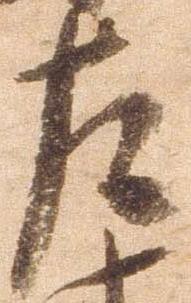
左